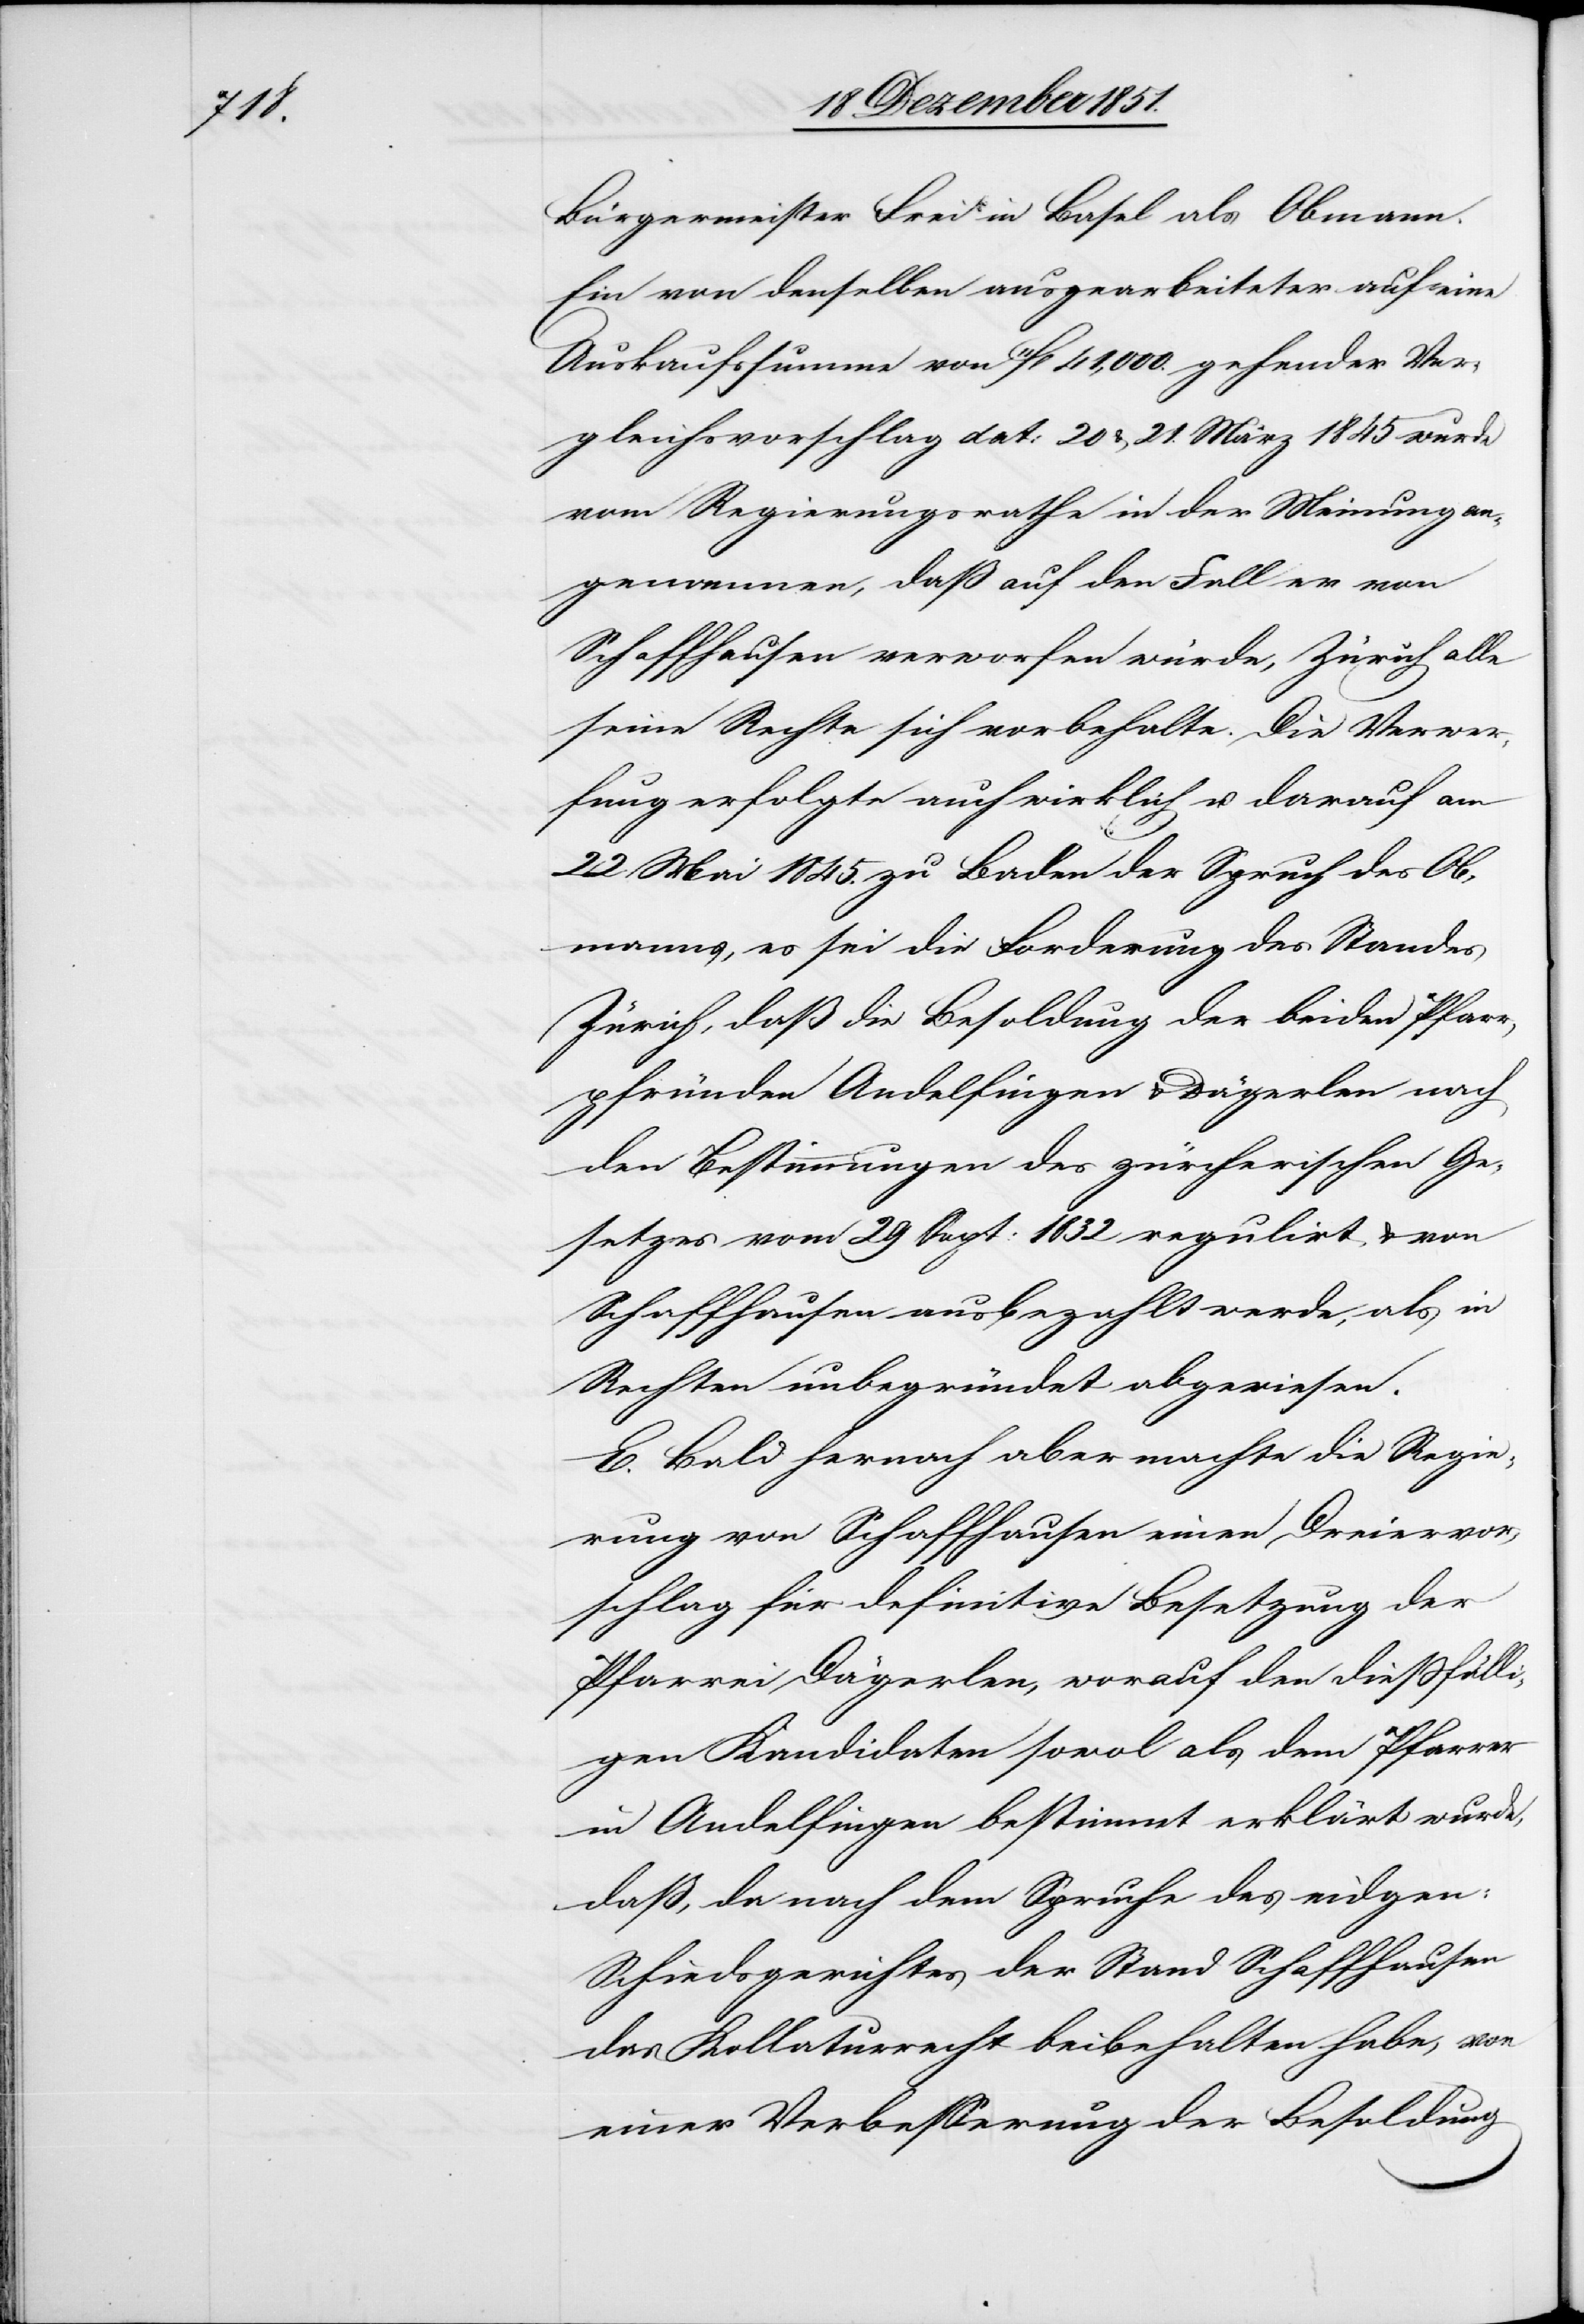
Bürgermeister Frei in Basel als Obmann.
Ein von denselben ausgearbeiteter auf eine
Auskaufssumme von 11fl 41,000. gehender Ver¬
gleichsvorschlag dat: 20 & 21. März 1845 wurde
vom Regierungsrathe in der Meinung an¬
genommen, daß auf den Fall er von
Schaffhausen verworfen würde, Zürich alle
seine Rechte sich vorbehalte. Die Verwer¬
fung erfolgte auch wirklich u. darauf am
22 Mai 1845. zu Baden der Spruch des Ob¬
manns, es sei die Forderung des Standes
Zürich, daß die Besoldung der beiden Pfarr¬
pfründen Andelfingen & Dägerlen nach
den Bestimmungen des zürcherischen Ge¬
setzes vom 29 Sept: 1832 regulirt & von
Schaffhausen ausbezahlt werde, als in
Rechten unbegründet abgewiesen.
E. Bald hernach aber machte die Regie¬
rung von Schaffhausen einen Dreiervor¬
schlag für definitive Besetzung der
Pfarrei Dägerlen, worauf den dießfälli¬
gen Kandidaten sowo[h]l als dem Pfarrer
in Andelfingen bestimmt erklärt wurde,
daß, da nach dem Spruche des eidgen:
Schiedsgerichtes der Stand Schaffhausen
das Kollaturrecht beibehalten habe, von
einer Verbesserung der Besoldung